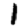
Digit: 1